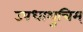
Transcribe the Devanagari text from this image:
उपधाशुचिम्